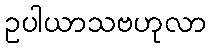
ဥပါယာသဗဟုလာ